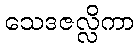
သေဒဇလ္လိကာ